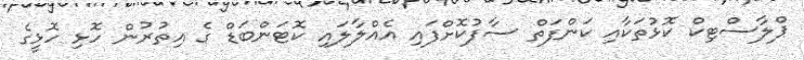
ޕްލާސްޓިކް ކޮޅުތަކާއި ކަންފަތް ސާފުކޮށްފައި އެއްލާލައި ކޮޓަންބަޑް ގެ އިތުރުން ހޮޅި ހޮޅީގެ